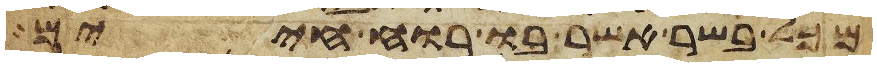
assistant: מכל בשר אשר בו רוח חיים